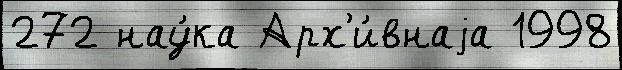
272 нау́ка Арх'и́внаjа 1998